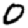
Digit: 0